Report of the King Institute of Preventive Medicine, Guindy
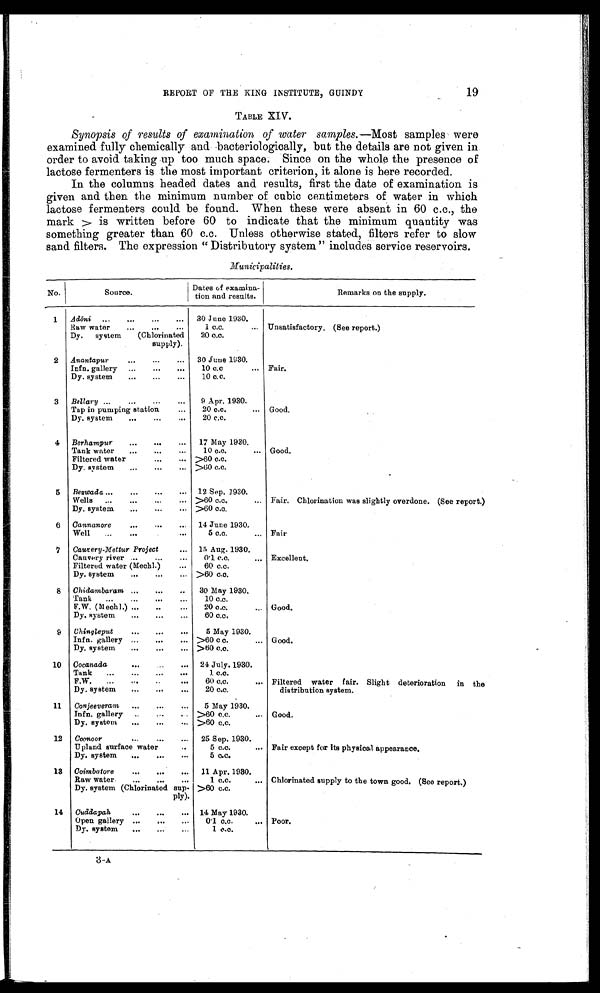
19
REPORT OF THE KING INSTITUTE, GUINDY
TABLE XIV.
Synopsis of results of examination of water samples.— Most samples were
examined fully chemically and bacteriologically, but the details are not given in
order to avoid taking up too much space. Since on the whole the presence of
lactose fermenters is the most important criterion, it alone is here recorded.
In the columns headed dates and results, first the date of examination is
given and then the minimum number of cubic centimeters of water in which
lactose fermenters could be found. When these were absent in 60 c.c., the
ma r k > i s wr i t t e n b e f o r e 6 0 t o i n d i c a t e t h a t t h e mi n i mu m q u a n t i t y wa s
something greater than 60 c.c. Unless otherwise stated, filters refer to slow
sand filters. The expression " Distributory system " includes service reservoirs.
Municipalities.
No.
Source.
Dates of examina-
tion and results.
Remarks on the supply.
1
Adōni . . .
30 June 1930.
U n s a t i s f a c t o r y . ( S e e r e p o r t . )
Raw water . . .
1 c.c. . . .
Dy. system (Chlorinated
supply).
20 c.c.
2
Anantapur . . .
30 June 1930.
Fair.
Infn. gallery . . .
10 c.c. . . .
Dy. system . . .
10 c.c.
3
Bellary . . .
9 Apr. 1930.
Good.
Tap in pumping station . . .
20 c.c. . . .
Dy. system . . .
20 c.c.
4
Berhampur . . .
17 May 1930.
Good.
Tank water . . .
10 c.c. . . .
Filtered water . . . >60 c.c.
Dy. system . . . >60 c.c.
5
Bezwada . . . 12 Sep. 1930.
Fair. Chlorination was slightly overdone. (See report.)
Wells . . . >60 c.c. . . .
Dy. system . . . >60 c.c.
6
Cannanore . . . 14 June 1930.
Fair
Well . . .
5 c.c. . . .
7
Cauvery -Mettur Project . . . 15 Aug. 1930.
Excellent.
Cauvery river . . .
0.1 c.c. . . .
Filtered water (Mechl.) . . .
60 c.c.
Dy. system . . .
>60 c.c.
8
Chidambaram . . .
30 May 1930.
Good.
Tank . . .
10 c.c.
F. W. (Mechl) . . .
20 c.c. . . .
Dy. system . . .
60 c.c.
9 Chingleput . . .
5 May 1930.
Good.
Infn. gallery . . . >60 c.c. . . .
Dy. system . . . >60 c.c.
10
Cocanada . . . 24 July. 1930.
Filtered water fair. Slight deterioration in the
distribution system.
Tank . . .
1 c.c.
F . W . . . .
60 c.c. . . .
Dy. system . . .
20 c.c.
11
Conjeeveram . . .
5 May 1930.
Good.
Infn. gallery . . .
>60 c.c. . . .
Dy. system . . . >60 c.c.
12
Coono or . . .
25 Sep. 1930.
Fair except for its physical appearance.
Upland surface water . . .
5 c.c. . . .
Dy. system . . .
5 c.c.
13
Coimbatore . . .
11 Apr. 1930.
Chlorinated supply to the town good. (See report.)
Raw water . . .
1 c.c. . . .
Dy. system (Chlorinated sup
-
ply).
>60 c.c.
14
Cuddapah . . . 14 May 1930.
Poor.
Open gallery . . .
0.1 c.c. . . .
Dy. system . . .
1 c.c.
3 -A